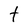
Character: t